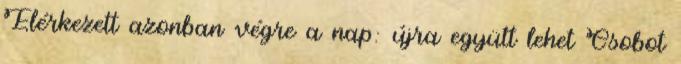
Elérkezett azonban végre a nap: újra együtt lehet Csobot